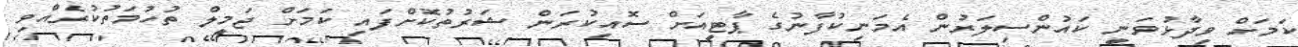
ކަމަށް ވިދާޅުވަނީ ކައުންސިލަރުން އެމަނިކުފާނުގެ ޕާޓީއަށް ސޮއިކުރަން ޝަރުތުކޮށްފައި ކަމަށް ޖަމީލް ތުހުމަތުކުރެއްވި